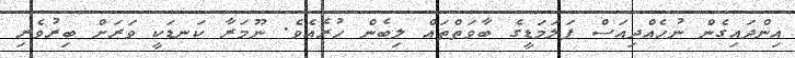
އިންދައިގެން ނުހެއްދިއަސް ފަލަމަޑީގެ ބާވަތްތައް ލިބެން ހުރެއެވެ. ނޫމަރާ ކަނޑަކީ ވަރަށް ބިރުވެރި